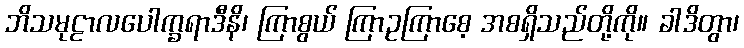
ဘိသမုဠာလပေါက္ခရာဒီနိ၊ ကြာစွယ် ကြာဥကြာစေ့ အစရှိသည်တို့ကို။ ခါဒိတွာ၊